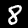
Digit: 8